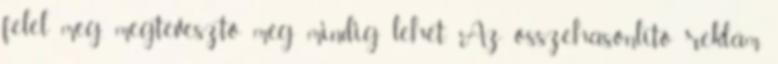
felel meg, megtévesztő még mindig lehet. Az összehasonlító reklám